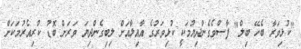
"ކުޅިވަރާ ބެހޭ ބިލް" ފާސްވެގެންދިޔުމަކީ ކުޅިވަރުގެ އާއިލާއަށް ލިބިގެންދިޔަ ވަރަށް ބޮޑު ކުރިއެރުމަކަށް